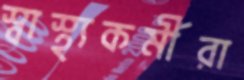
স্বাস্থ্যকর্মীরা